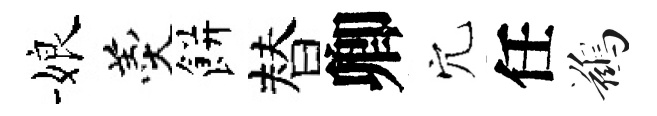
娘羹餅替卿穴任鷀